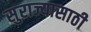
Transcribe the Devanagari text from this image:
सुराज्यासाठी